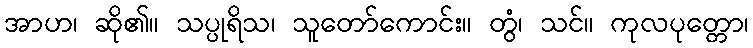
အာဟ၊ ဆို၏။ သပ္ပုရိသ၊ သူတော်ကောင်း။ တွံ၊ သင်။ ကုလပုတ္တော၊